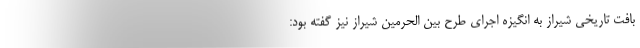
بافت تاریخی شیراز به انگیزه اجرای طرح بین الحرمین شیراز نیز گفته بود: